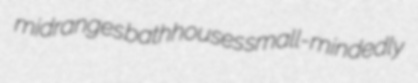
midranges bathhouses small-mindedly